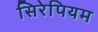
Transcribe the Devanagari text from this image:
सिरेपियम